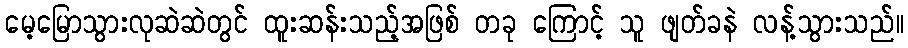
မေ့မြောသွားလုဆဲဆဲတွင် ထူးဆန်းသည့်အဖြစ် တခု ကြောင့် သူ ဖျတ်ခနဲ လန့်သွားသည်။